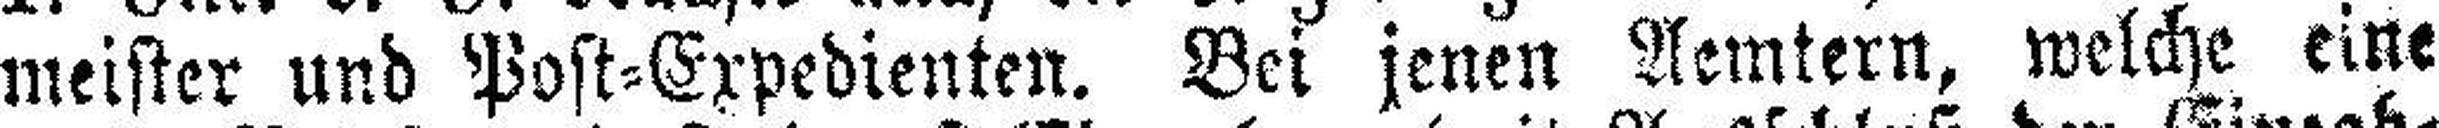
meister und Post=Expedienten. Bei jenen Aemtern, welche eine